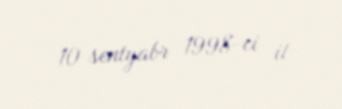
10 sentyabr 1998-ci il